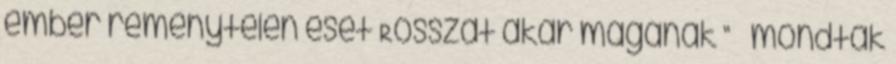
ember reménytelen eset Rosszat akar magának ” – mondták